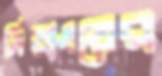
সিয়াংয়ের